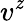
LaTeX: v^{\mathit{z}}